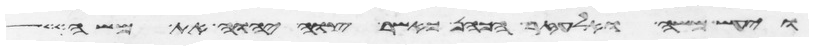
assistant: ויעש משה ואלעזר הכהן כאשר צוה יהוה את משה